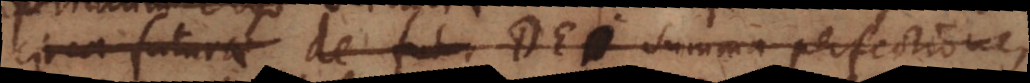
circa futura de Dei summa perfectione,